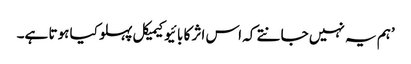
’ہم یہ نہیں جانتے کہ اس اثر کا بائیوکیمیکل پہلو کیا ہوتا ہے۔